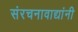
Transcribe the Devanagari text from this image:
संरचनावाद्यांनी